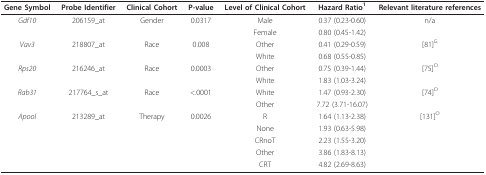
<table><thead><tr><td><b>Gene Symbol</b></td><td><b>Probe Identifier</b></td><td><b>Clinical Cohort</b></td><td><b>P-value</b></td><td><b>Level of Clinical Cohort</b></td><td><b>Hazard Ratio<sup>1</sup></b></td><td><b>Relevant literature references</b></td></tr></thead><tbody><tr><td><i>Gdf10</i></td><td>206159_at</td><td>Gender</td><td>0.0317</td><td>Male</td><td>0.37 (0.23-0.60)</td><td>n/a</td></tr><tr><td></td><td></td><td></td><td></td><td>Female</td><td>0.80 (0.45-1.42)</td><td></td></tr><tr><td><i>Vav3</i></td><td>218807_at</td><td>Race</td><td>0.008</td><td>Other</td><td>0.41 (0.29-0.59)</td><td>[81]<sup>G</sup></td></tr><tr><td></td><td></td><td></td><td></td><td>White</td><td>0.68 (0.55-0.85)</td><td></td></tr><tr><td><i>Rps20</i></td><td>216246_at</td><td>Race</td><td>0.0003</td><td>Other</td><td>0.75 (0.39-1.44)</td><td>[75]<sup>O</sup></td></tr><tr><td></td><td></td><td></td><td></td><td>White</td><td>1.83 (1.03-3.24)</td><td></td></tr><tr><td><i>Rab31</i></td><td>217764_s_at</td><td>Race</td><td>&lt;.0001</td><td>White</td><td>1.47 (0.93-2.30)</td><td>[74]<sup>O</sup></td></tr><tr><td></td><td></td><td></td><td></td><td>Other</td><td>7.72 (3.71-16.07)</td><td></td></tr><tr><td><i>Apool</i></td><td>213289_at</td><td>Therapy</td><td>0.0026</td><td>R</td><td>1.64 (1.13-2.38)</td><td>[131]<sup>O</sup></td></tr><tr><td></td><td></td><td></td><td></td><td>None</td><td>1.93 (0.63-5.98)</td><td></td></tr><tr><td></td><td></td><td></td><td></td><td>CRnoT</td><td>2.23 (1.55-3.20)</td><td></td></tr><tr><td></td><td></td><td></td><td></td><td>Other</td><td>3.86 (1.83-8.13)</td><td></td></tr><tr><td></td><td></td><td></td><td></td><td>CRT</td><td>4.82 (2.69-8.63)</td><td></td></tr></tbody></table>